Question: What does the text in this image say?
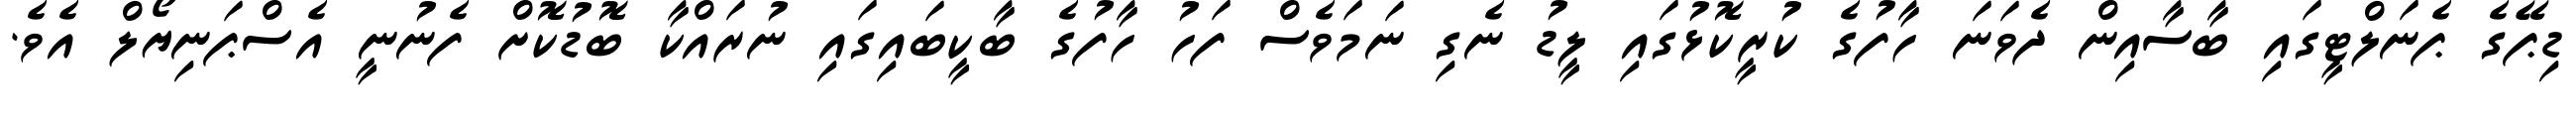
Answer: ޑިޕޭގެ ޕެނަލްޓީގައި ބާސާއިން ދެވަނަ ހާފުގެ ކުރީކޮޅުގައި ލީޑު ނެގި ނަމަވެސް ފަހު ހާފުގެ ބާކީބައިގައި ނުރައްކާ ބޮޑުކޮށް ފެނުނީ އެސްޕަނިޔޯލް އެވެ.